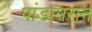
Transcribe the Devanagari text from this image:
पांडामरान